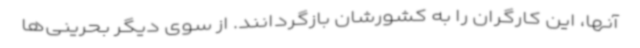
آنها، این کارگران را به کشورشان بازگردانند. از سوی دیگر بحرینی‌ها